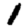
Digit: 1